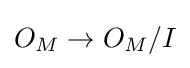
O_{M}\to O_{M}/I